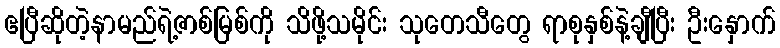
ဧပြီဆိုတဲ့နာမည်ရဲ့ဇာစ်မြစ်ကို သိဖို့သမိုင်း သုတေသီတွေ ရာစုနှစ်နဲ့ချီပြီး ဦးနှောက်